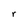
Character: r